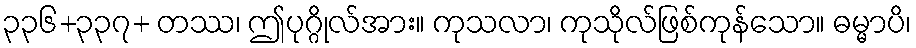
၃၃၆+၃၃၇+ တဿ၊ ဤပုဂ္ဂိုလ်အား။ ကုသလာ၊ ကုသိုလ်ဖြစ်ကုန်သော။ ဓမ္မာပိ၊